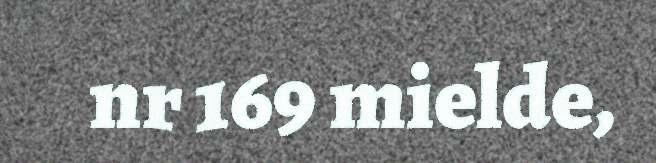
nr 169 mielde,